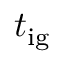
t _ { \mathrm { i g } }